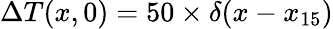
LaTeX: \Delta T(x,0)=50\times\delta(x-x_{15})